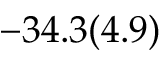
- 3 4 . 3 ( 4 . 9 )